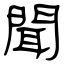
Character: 聞